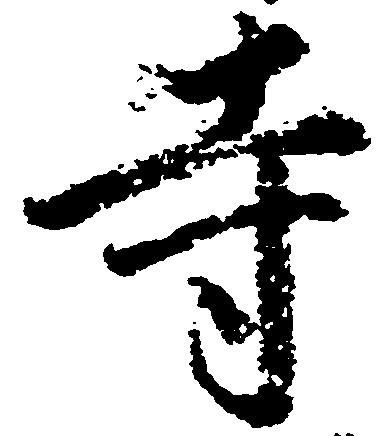
寺